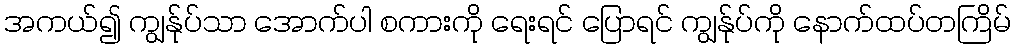
အကယ်၍ ကျွန်ုပ်သာ အောက်ပါ စကားကို ရေးရင် ပြောရင် ကျွန်ုပ်ကို နောက်ထပ်တကြိမ်